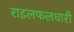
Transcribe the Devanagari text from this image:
राइलफलधारी